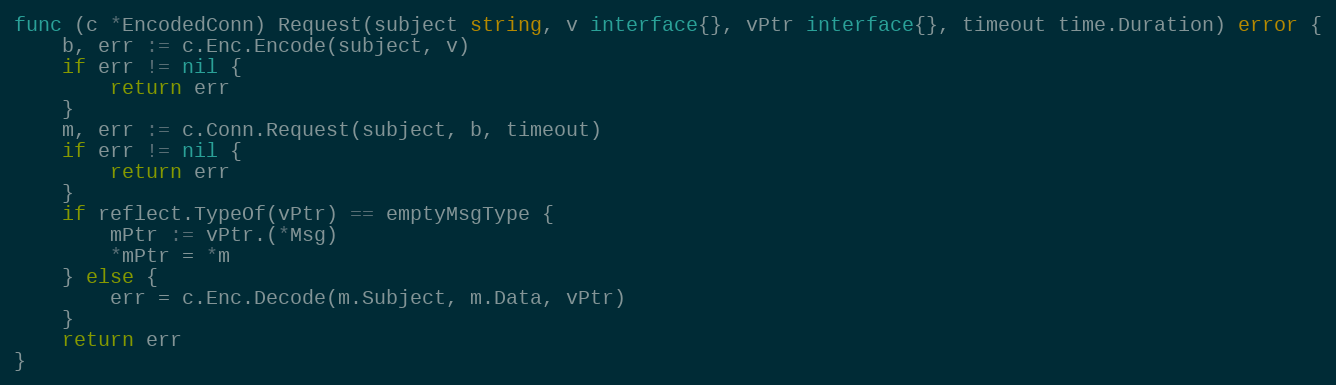
Language: Go
func (c *EncodedConn) Request(subject string, v interface{}, vPtr interface{}, timeout time.Duration) error {
	b, err := c.Enc.Encode(subject, v)
	if err != nil {
		return err
	}
	m, err := c.Conn.Request(subject, b, timeout)
	if err != nil {
		return err
	}
	if reflect.TypeOf(vPtr) == emptyMsgType {
		mPtr := vPtr.(*Msg)
		*mPtr = *m
	} else {
		err = c.Enc.Decode(m.Subject, m.Data, vPtr)
	}
	return err
}